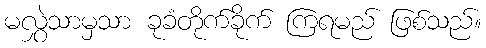
မလွှဲသာမှသာ ခုခံတိုက်ခိုက် ကြရမည် ဖြစ်သည်။